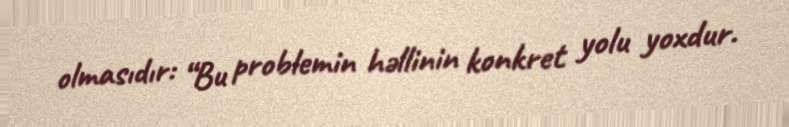
olmasıdır: “Bu problemin həllinin konkret yolu yoxdur.